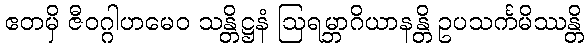
ဧတမှိ ဇီဝဂ္ဂါဟမေဝ သန္တိဋ္ဌနံ ဩရမ္ဘာဂိယာနန္တိ ဥပသင်္ကမိဿန္တိ